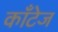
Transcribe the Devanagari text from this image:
काँटेज